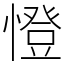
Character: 憕